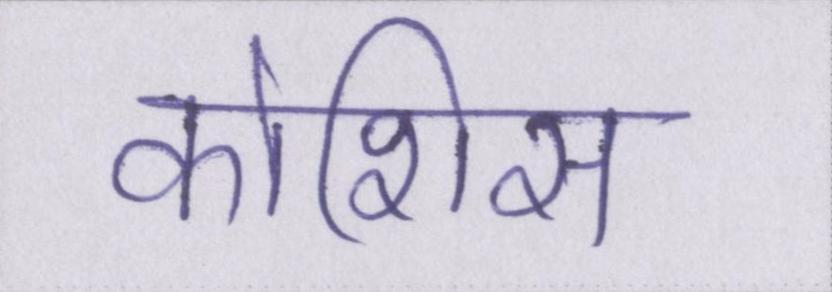
कोशिस